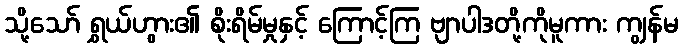
သို့သော် ရွှယ်ဟွား၏ စိုးရိမ်မှုနှင့် ကြောင့်ကြ ဗျာပါဒတို့ကိုမူကား ကျွန်မ